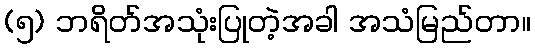
(၅) ဘရိတ်အသုံးပြုတဲ့အခါ အသံမြည်တာ။